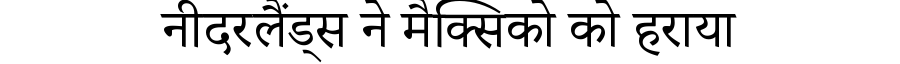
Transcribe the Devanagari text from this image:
नीदरलैंड्स ने मैक्सिको को हराया